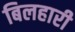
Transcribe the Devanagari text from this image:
बिलहारी